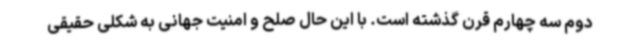
دوم سه چهارم قرن گذشته است. با این حال صلح و امنیت جهانی به شکلی حقیقی